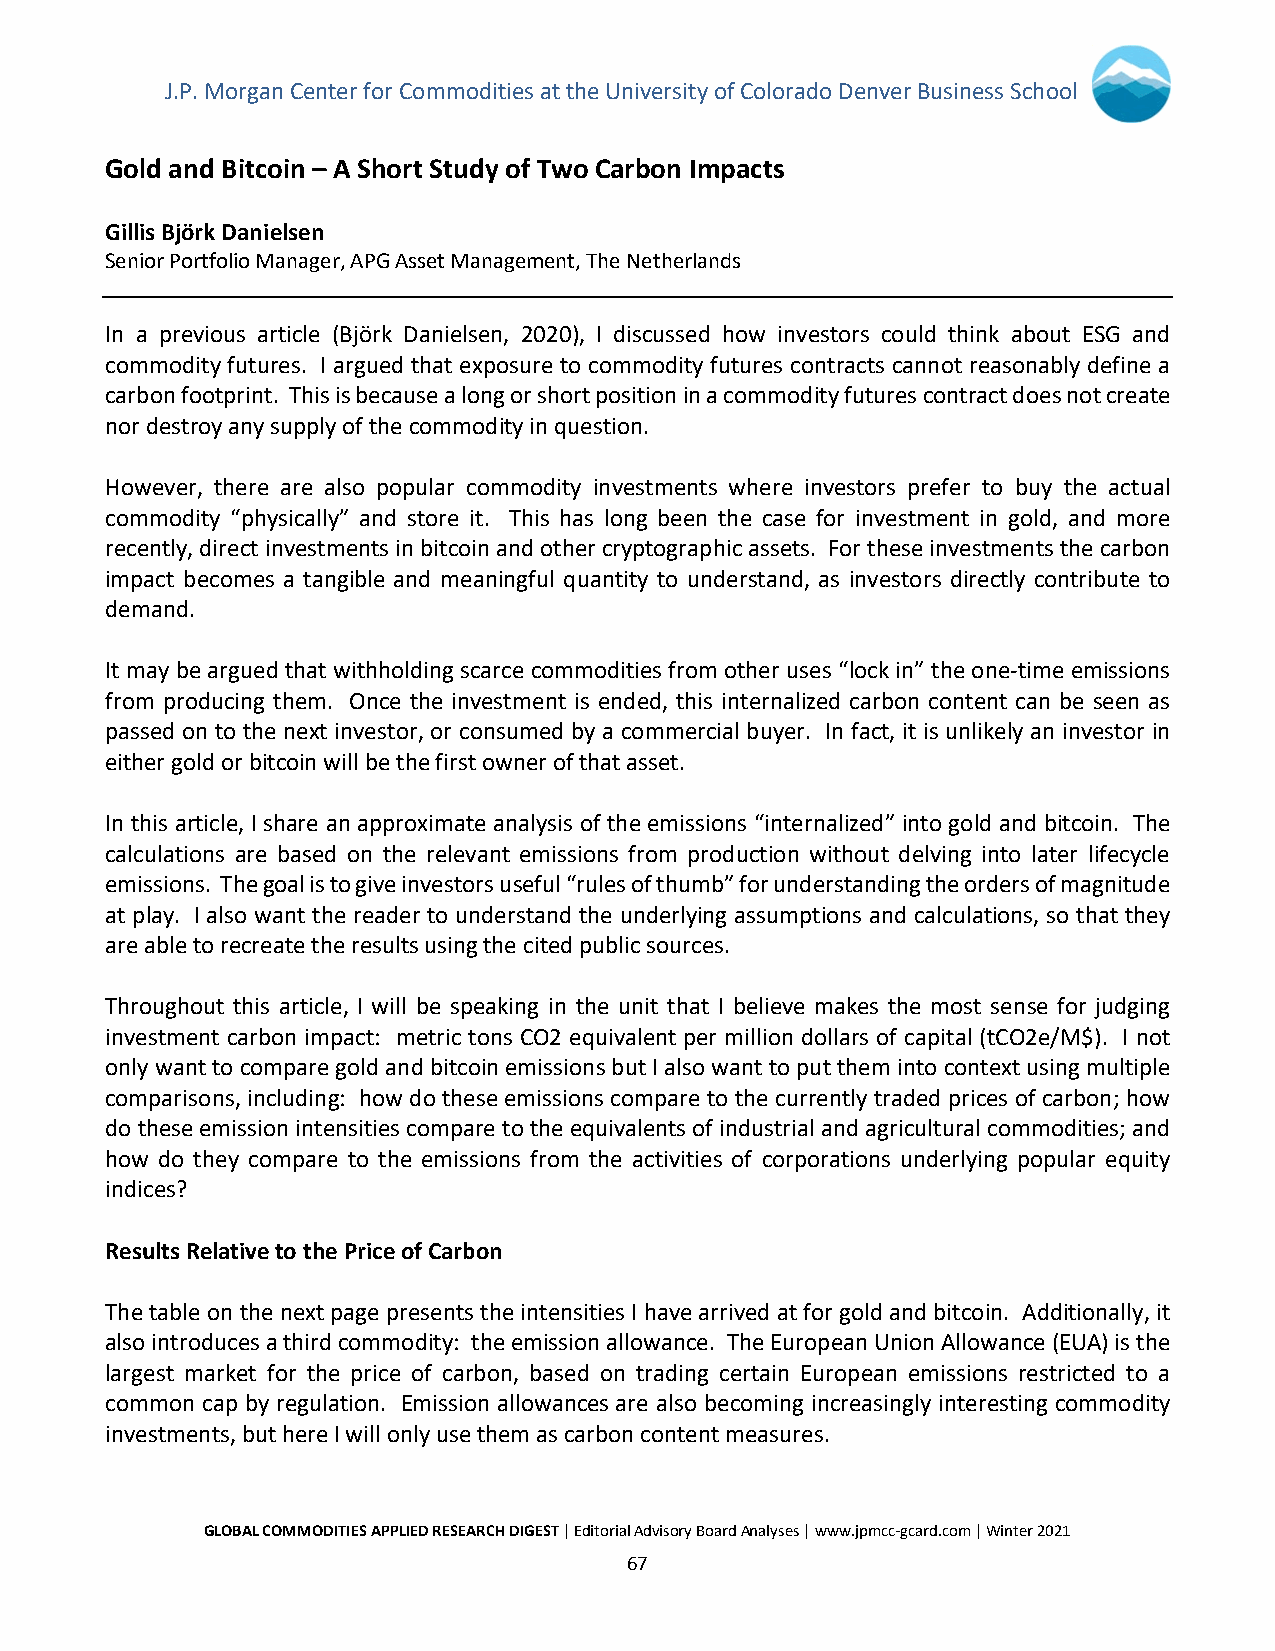
J.P. Morgan Center for Commodities at the University of Colorado Denver Business School
 Gold and Bitcoin – A Short Study of Two Carbon Impacts
 Gillis Björk Danielsen
 Senior Portfolio Manager, APG Asset Management, The Netherlands
 In a previous article (Björk Danielsen, 2020), I discussed how investors could think about ESG and
 commodity futures. I argued that exposure to commodity futures contracts cannot reasonably define a
 carbon footprint. This is because a long or short position in a commodity futures contract does not create
 nor destroy any supply of the commodity in question.
 However, there are also popular commodity investments where investors prefer to buy the actual
 commodity “physically” and store it. This has long been the case for investment in gold, and more
 recently, direct investments in bitcoin and other cryptographic assets. For these investments the carbon
 impact becomes a tangible and meaningful quantity to understand, as investors directly contribute to
 demand.
 It may be argued that withholding scarce commodities from other uses “lock in” the one-time emissions
 from producing them. Once the investment is ended, this internalized carbon content can be seen as
 passed on to the next investor, or consumed by a commercial buyer. In fact, it is unlikely an investor in
 either gold or bitcoin will be the first owner of that asset.
 In this article, I share an approximate analysis of the emissions “internalized” into gold and bitcoin. The
 calculations are based on the relevant emissions from production without delving into later lifecycle
 emissions. The goal is to give investors useful “rules of thumb” for understanding the orders of magnitude
 at play. I also want the reader to understand the underlying assumptions and calculations, so that they
 are able to recreate the results using the cited public sources.
 Throughout this article, I will be speaking in the unit that I believe makes the most sense for judging
 investment carbon impact: metric tons CO2 equivalent per million dollars of capital (tCO2e/M$). I not
 only want to compare gold and bitcoin emissions but I also want to put them into context using multiple
 comparisons, including: how do these emissions compare to the currently traded prices of carbon; how
 do these emission intensities compare to the equivalents of industrial and agricultural commodities; and
 how do they compare to the emissions from the activities of corporations underlying popular equity
 indices?
 Results Relative to the Price of Carbon
 The table on the next page presents the intensities I have arrived at for gold and bitcoin. Additionally, it
 also introduces a third commodity: the emission allowance. The European Union Allowance (EUA) is the
 largest market for the price of carbon, based on trading certain European emissions restricted to a
 common cap by regulation. Emission allowances are also becoming increasingly interesting commodity
 investments, but here I will only use them as carbon content measures.
 GLOBAL COMMODITIES APPLIED RESEARCH DIGEST | Editorial Advisory Board Analyses | www.jpmcc-gcard.com | Winter 2021
 67